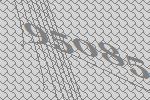
95085